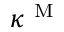
\kappa ^ { \mathrm { ~ M ~ } }